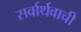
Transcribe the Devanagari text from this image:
सर्वार्थवाची